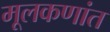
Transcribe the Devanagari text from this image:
मूलकणांत